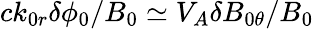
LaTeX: ck_{0r}\delta\phi_{0}/B_{0}\simeq V_{A}\delta B_{0\theta}/B_{0}